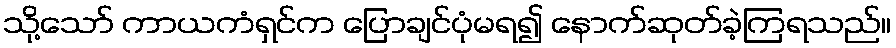
သို့သော် ကာယကံရှင်က ပြောချင်ပုံမရ၍ နောက်ဆုတ်ခဲ့ကြရသည်။